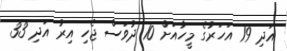
އަދި 19 އަހަރުގެ މީހާއަށް 10 ދުވަސް ޖެހި އިރު އަދި 33